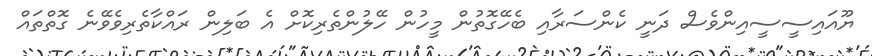
ޔޫއައިސީސީއިންވެސް ދަނީ ކެންސަރާއި ބެހޭގޮތުން މީހުން ހޭލުންތެރިކޮށް އެ ބަލިން ރައްކާތެރިވެވޭނެ ގޮތްތައް